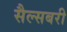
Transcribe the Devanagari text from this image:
सैल्सबरी